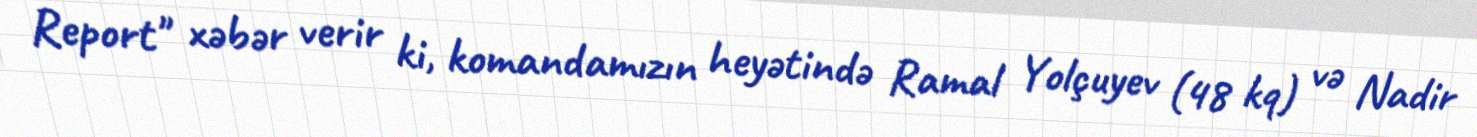
Report" xəbər verir ki, komandamızın heyətində Ramal Yolçuyev (48 kq) və Nadir